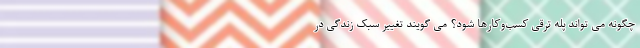
چگونه می تواند پله ترقی کسب‌وکارها شود؟ می گویند تغییر سبک زندگی در